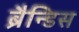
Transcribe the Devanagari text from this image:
ब्रैन्डिस